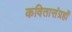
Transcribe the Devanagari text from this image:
कवितासंग्रहों